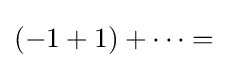
(-1+1)+\cdots ={}